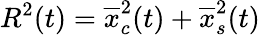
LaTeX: R^{2}(t)=\overline{{x}}_{c}^{2}(t)+\overline{{x}}_{s}^{2}(t)